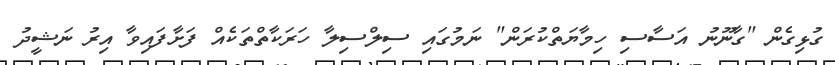
ގުޅިގެން "ގާނޫނު އަސާސި ހިމާޔަތްކުރަން" ނަމުގައި ސިލްސިލާ ހަރަކާތްތަކެއް ފަށާފައިވާ އިރު ނަޝީދު